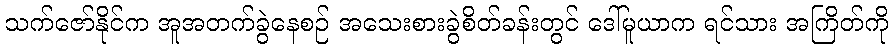
သက်ဇော်နိုင်က အူအတက်ခွဲနေစဉ် အသေးစားခွဲစိတ်ခန်းတွင် ဒေါ်မူယာက ရင်သား အကြိတ်ကို